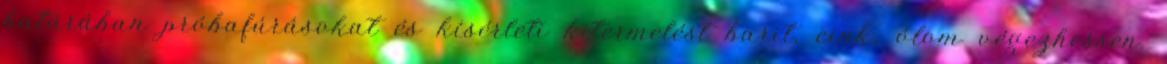
határában próbafúrásokat és kísérleti kitermelést barit, cink, ólom végezhessen.